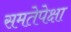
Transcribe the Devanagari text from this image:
समतेपेक्षा